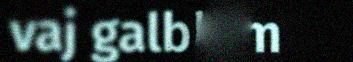
vaj galbbim